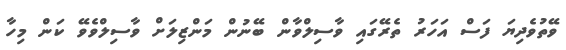
ވޭތުވެދިޔަ ފަސް އަހަރު ތެރޭގައި ވާސިލްވާން ބޭނުން މަންޒިލަށް ވާސިލްވެވޭ ކަން މިހާ